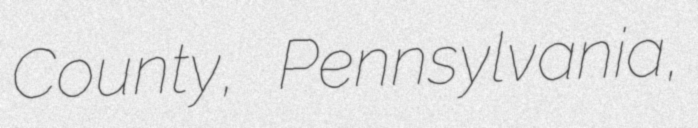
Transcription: County, Pennsylvania,